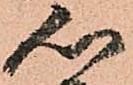
心